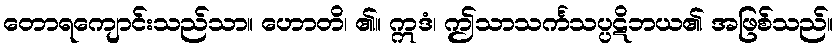
တောရကျောင်းသည်သာ။ ဟောတိ၊ ၏။ ဣဒံ၊ ဤသာသင်္ကသပ္ပဋိဘယ၏ အဖြစ်သည်။